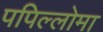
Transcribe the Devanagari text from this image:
पपिल्लोमा